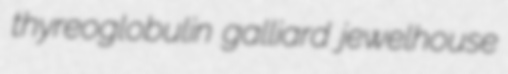
thyreoglobulin galliard jewelhouse